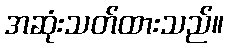
အဆုံးသတ်ထားသည်။